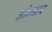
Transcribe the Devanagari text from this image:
डोम्बार